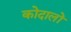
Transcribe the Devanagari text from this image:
कोदालों